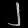
Digit: ၂